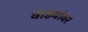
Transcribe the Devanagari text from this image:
वाडयांवर